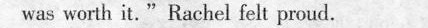
was worth it."Rachel felt proud.